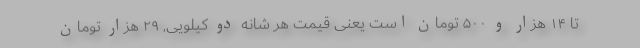
تا ۱۴ هزار و ۵۰۰ تومان است یعنی قیمت هر شانه دو کیلویی, ۲۹ هزار تومان